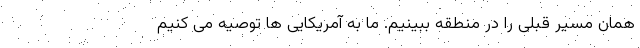
همان مسیر قبلی را در منطقه ببینیم. ما به آمریکایی ها توصیه می کنیم